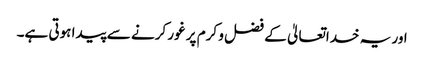
اور یہ خداتعالیٰ کے فضل و کرم پر غور کرنے سے پیدا ہوتی ہے۔